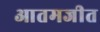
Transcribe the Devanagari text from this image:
आतमजीत